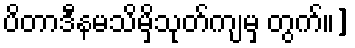
ပိတာဒီနမသိမှိသုတ်ကျမှ တွက်။]